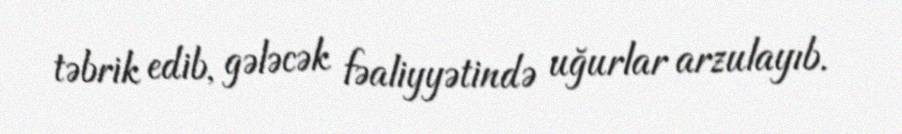
təbrik edib, gələcək fəaliyyətində uğurlar arzulayıb.